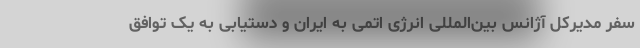
سفر مدیرکل آژانس بین‌المللی انرژی اتمی به ایران و دستیابی به یک توافق